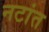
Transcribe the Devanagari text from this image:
नटांत